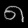
Digit: ၈